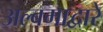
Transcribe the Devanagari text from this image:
अल्बमाद्वारे